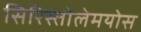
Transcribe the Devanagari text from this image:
सिरिस्तोलेमयोस